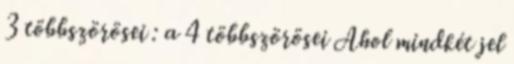
3 többszörösei : a 4 többszörösei Ahol mindkét jel